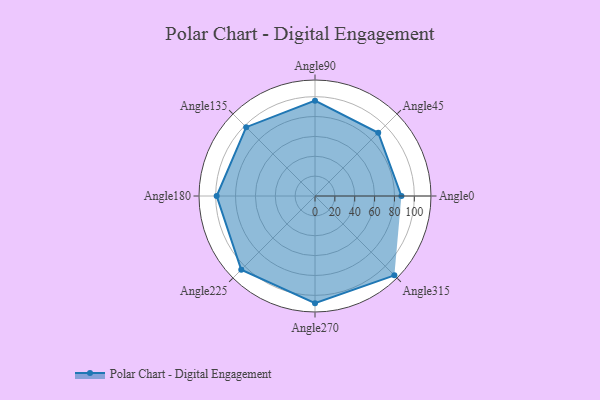
{"axis": {"x": "Angle", "y": "Radius"}, "legend": [""], "data": [{"x": "Angle0", "y": 87.0, "type": ""}, {"x": "Angle45", "y": 90.0, "type": ""}, {"x": "Angle90", "y": 96.0, "type": ""}, {"x": "Angle135", "y": 98.0, "type": ""}, {"x": "Angle180", "y": 99.0, "type": ""}, {"x": "Angle225", "y": 105.0, "type": ""}, {"x": "Angle270", "y": 108.0, "type": ""}, {"x": "Angle315", "y": 113.0, "type": ""}]}